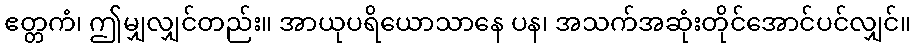
ဧတ္တကံ၊ ဤမျှလျှင်တည်း။ အာယုပရိယောသာနေ ပန၊ အသက်အဆုံးတိုင်အောင်ပင်လျှင်။